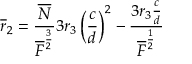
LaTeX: \overline { { { r } } } _ { 2 } = \frac { \overline { { { N } } } } { \overline { { { F } } } ^ { \frac { 3 } { 2 } } } 3 r _ { 3 } \left( \frac { c } { d } \right) ^ { 2 } - \frac { 3 r _ { 3 } \frac { c } { d } } { \overline { { { F } } } ^ { \frac { 1 } { 2 } } }